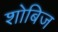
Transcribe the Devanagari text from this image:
शोबिज